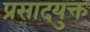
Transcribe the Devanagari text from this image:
प्रसादयुक्त